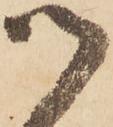
御